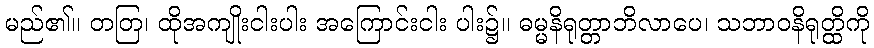
မည်၏။ တတြ၊ ထိုအကျိုးငါးပါး အကြောင်းငါး ပါး၌။ ဓမ္မနိရုတ္တာဘိလာပေ၊ သဘာဝနိရုတ္ထိကို